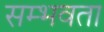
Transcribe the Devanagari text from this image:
सम्भवता